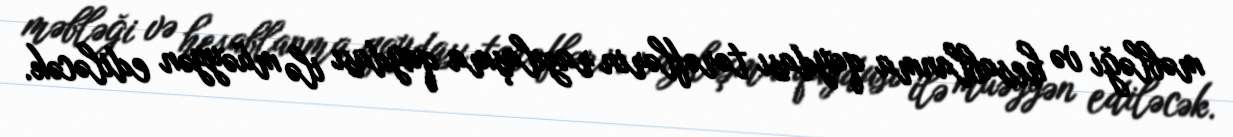
məbləği və hesablanma qaydası tərəflərin razılaşma qaydası ilə müəyyən ediləcək.